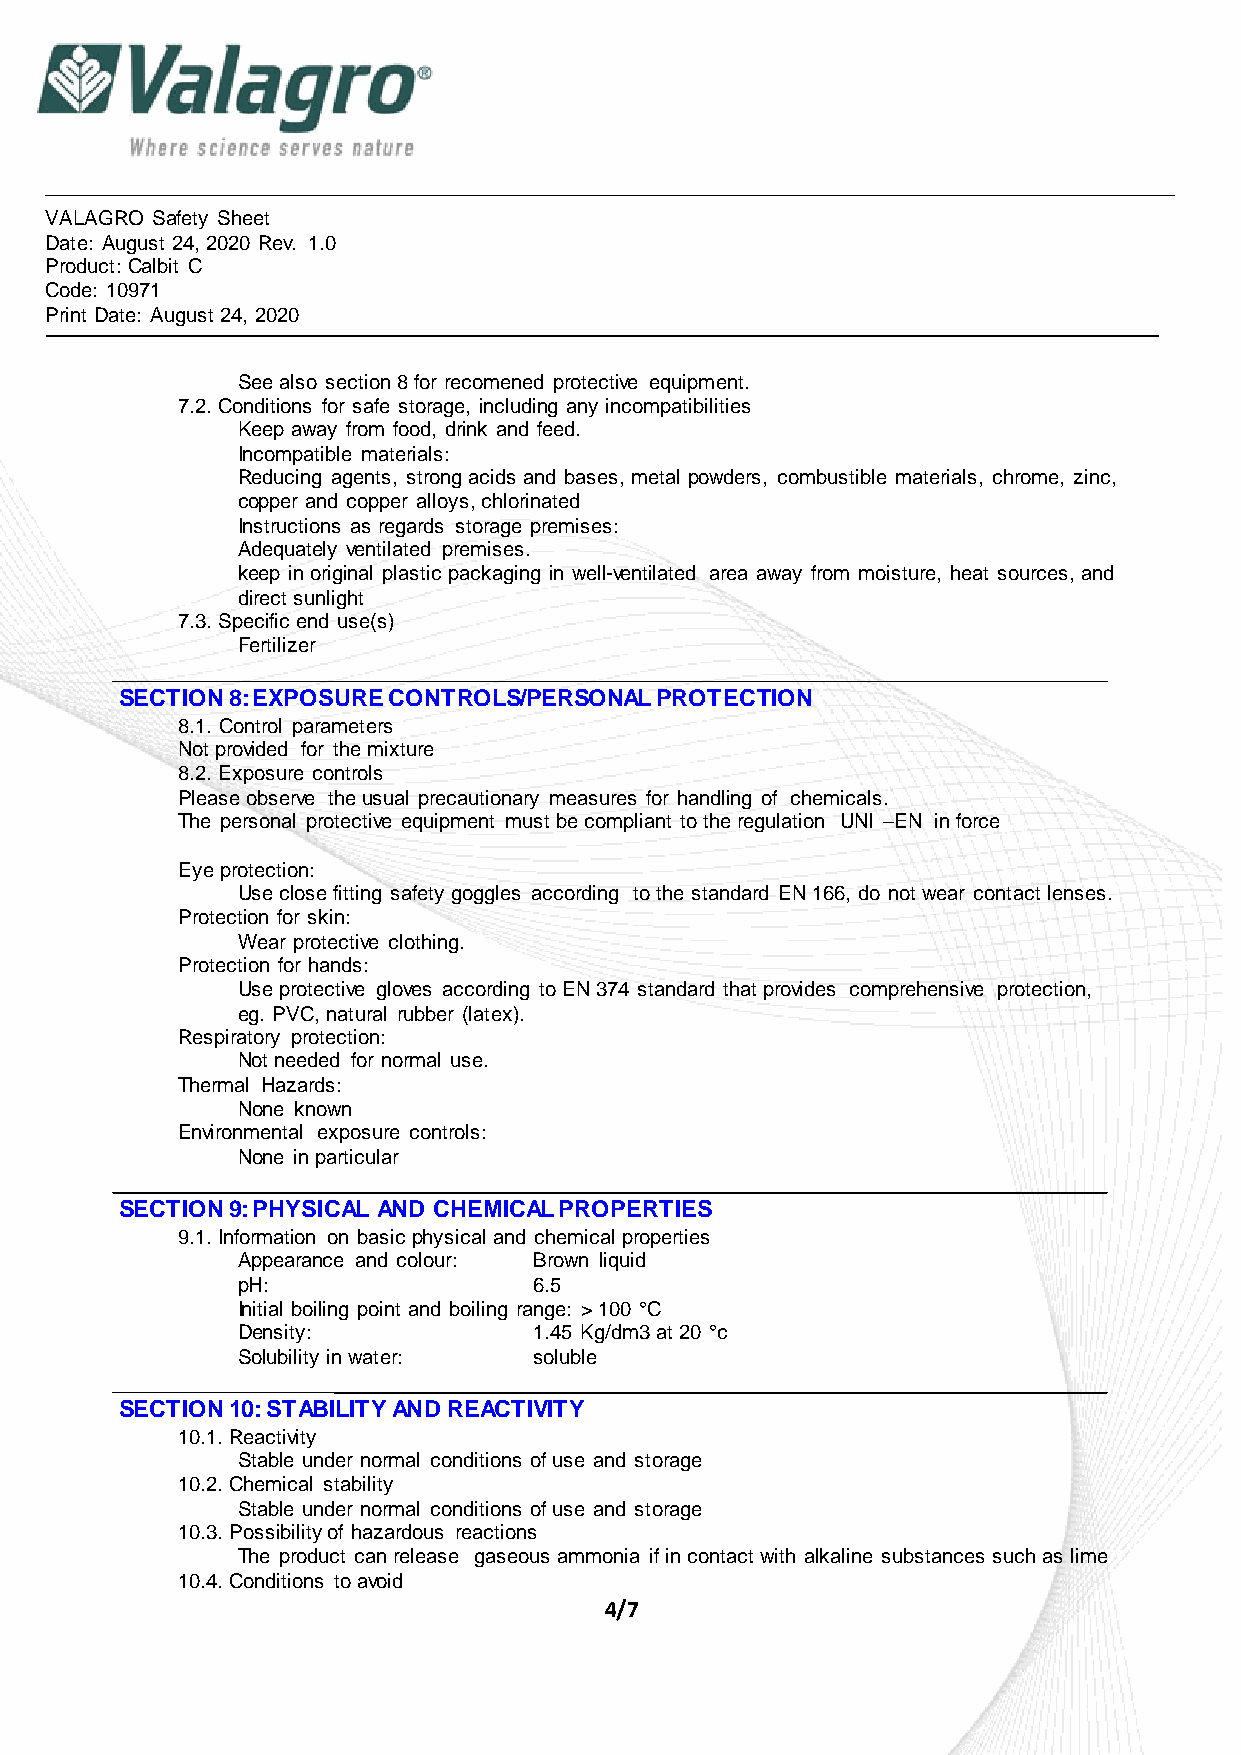
VALAGRO Safety Sheet
 Date: August 24, 2020 Rev. 1.0
 Product: Calbit C
 Code: 10971
 Print Date: August 24, 2020
 See also section 8 for recomened protective equipment.
 7.2. Conditions for safe storage, including any incompatibilities
 Keep away from food, drink and feed.
 Incompatible materials:
 Reducing agents, strong acids and bases, metal powders, combustible materials, chrome, zinc,
 copper and copper alloys, chlorinated
 Instructions as regards storage premises:
 Adequately ventilated premises.
 keep in original plastic packaging in well-ventilated area away from moisture, heat sources, and
 direct sunlight
 7.3. Specific end use(s)
 Fertilizer
 SECTION 8: EXPOSURE CONTROLS/PERSONAL PROTECTION
 8.1. Control parameters
 Not provided for the mixture
 8.2. Exposure controls
 Please observe the usual precautionary measures for handling of chemicals.
 The personal protective equipment must be compliant to the regulation UNI –EN in force
 Eye protection:
 Use close fitting safety goggles according to the standard EN 166, do not wear contact lenses.
 Protection for skin:
 Wear protective clothing.
 Protection for hands:
 Use protective gloves according to EN 374 standard that provides comprehensive protection,
 eg. PVC, natural rubber (latex).
 Respiratory protection:
 Not needed for normal use.
 Thermal Hazards:
 None known
 Environmental exposure controls:
 None in particular
 SECTION 9: PHYSICAL AND CHEMICAL PROPERTIES
 9.1. Information on basic physical and chemical properties
 Appearance and colour: Brown liquid
 pH:                6.5
 Initial boiling point and boiling range: > 100 °C
 Density:           1.45 Kg/dm3 at 20 °c
 Solubility in water: soluble
 SECTION 10: STABILITY AND REACTIVITY
 10.1. Reactivity
 Stable under normal conditions of use and storage
 10.2. Chemical stability
 Stable under normal conditions of use and storage
 10.3. Possibility of hazardous reactions
 The product can release gaseous ammonia if in contact with alkaline substances such as lime
 10.4. Conditions to avoid
 4/7